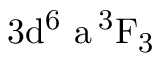
\mathrm { 3 d ^ { 6 } \ a \, ^ { 3 } F _ { 3 } }